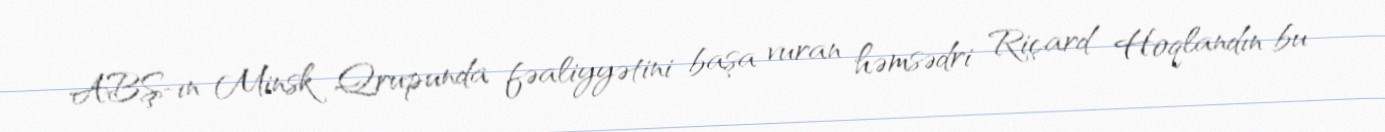
ABŞ-ın Minsk Qrupunda fəaliyyətini başa vuran həmsədri Riçard Hoqlandın bu